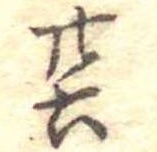
廿六